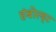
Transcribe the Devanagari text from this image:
हंबोल्ड्ट